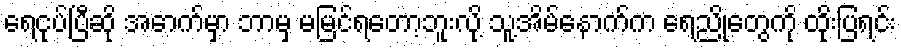
ရေငုပ်ပြီဆို အောက်မှာ ဘာမှ မမြင်ရတော့ဘူးလို့ သူ့အိမ်နောက်က ရေညိုတွေကို ထိုးပြရင်း